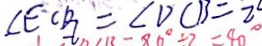
\angle E C D = \angle D C B = 2